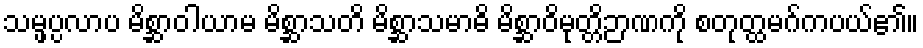
သမ္ဖပ္ပလာပ မိစ္ဆာဝါယာမ မိစ္ဆာသတိ မိစ္ဆာသမာဓိ မိစ္ဆာဝိမုတ္တိဉာဏကို စတုတ္ထမဂ်ကပယ်၏။